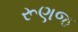
રૂણજ